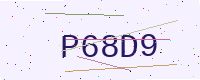
Text: P68D9